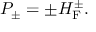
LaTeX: { \cal P } _ { \pm } = \pm { \cal H } _ { \mathrm { F } } ^ { \pm } .